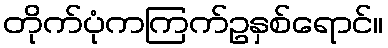
တိုက်ပုံကကြက်ဥနှစ်ရောင်။